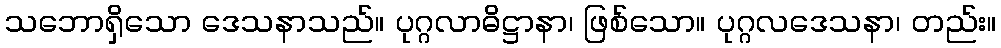
သဘောရှိသော ဒေသနာသည်။ ပုဂ္ဂလာဓိဋ္ဌာနာ၊ ဖြစ်သော။ ပုဂ္ဂလဒေသနာ၊ တည်း။